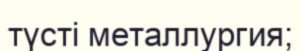
түсті металлургия;